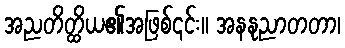
အညတိတ္ထိယ၏အဖြစ်၎င်း။ အနနုညာတတာ၊